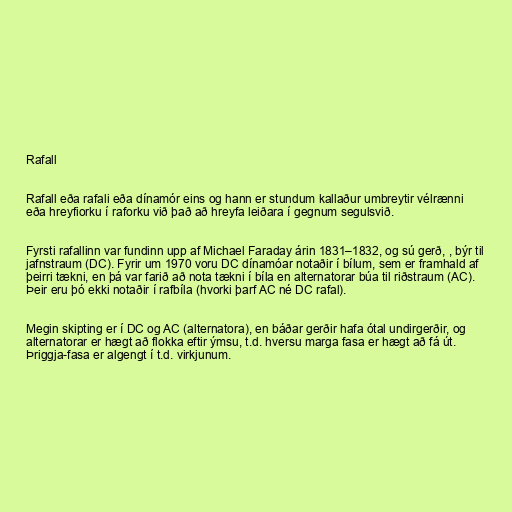
Rafall

Rafall eða rafali eða dínamór eins og hann er stundum kallaður umbreytir vélrænni
eða hreyfiorku í raforku við það að hreyfa leiðara í gegnum segulsvið.

Fyrsti rafallinn var fundinn upp af Michael Faraday árin 1831–1832, og sú gerð, , býr til
jafnstraum (DC). Fyrir um 1970 voru DC dínamóar notaðir í bílum, sem er framhald af
þeirri tækni, en þá var farið að nota tækni í bíla en alternatorar búa til riðstraum (AC).
Þeir eru þó ekki notaðir í rafbíla (hvorki þarf AC né DC rafal).

Megin skipting er í DC og AC (alternatora), en báðar gerðir hafa ótal undirgerðir, og
alternatorar er hægt að flokka eftir ýmsu, t.d. hversu marga fasa er hægt að fá út.
Þriggja-fasa er algengt í t.d. virkjunum.